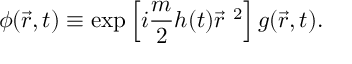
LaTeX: \phi ( \vec { r } , t ) \equiv \exp \left[ i \frac { m } { 2 } h ( t ) { \vec { r } } ^ { \ 2 } \right] g ( \vec { r } , t ) .